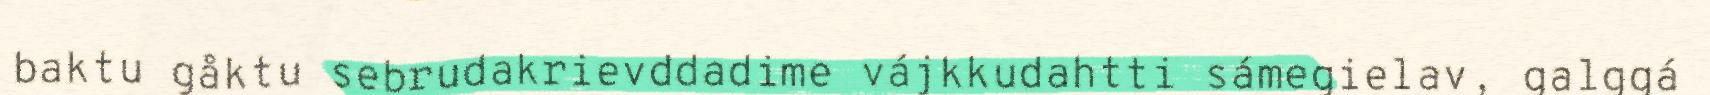
baktu gåktu sebrudakrievddadime vájkkudahtti sámegielav, galggá